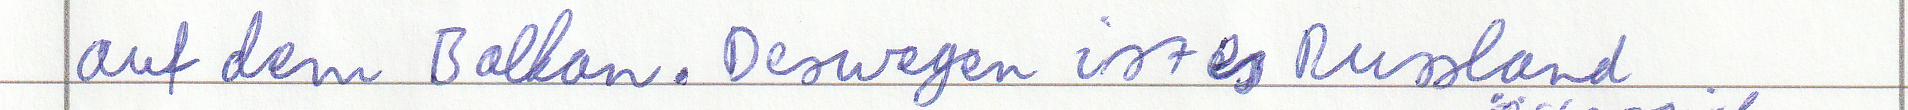
auf dem Balkan. Deswegen ist es Russland